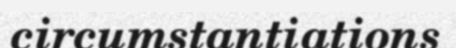
circumstantiations